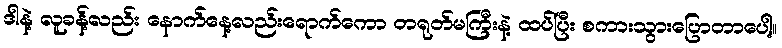
ဒါနဲ့ လူခန့်လည်း နောက်နေ့လည်းရောက်ကော တရုတ်မကြီးနဲ့ ထပ်ပြီး စကားသွားပြောတာပေါ့။